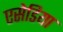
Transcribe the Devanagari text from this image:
एसेडिया